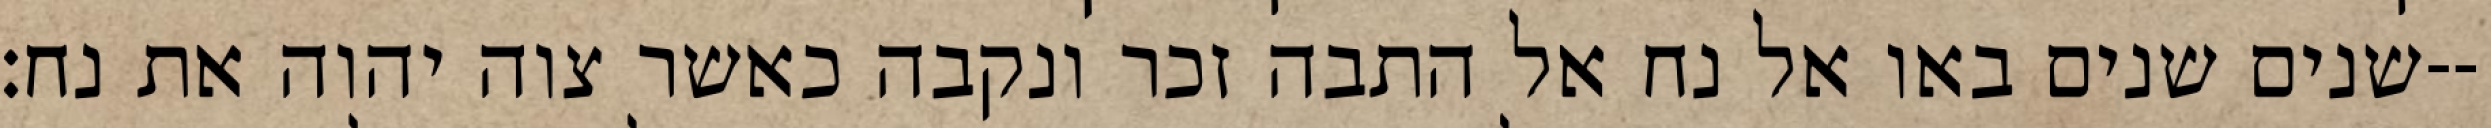
שנים שנים באו אל נח אל התבה זכר ונקבה כאשר צוה יהוה את נח׃--